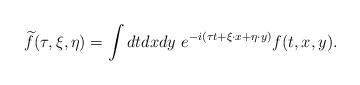
LaTeX: \begin{align*} \widetilde f(\tau, \xi, \eta) = \int dtdxdy\ e^{-i(\tau t + \xi\cdot x+\eta\cdot y)} f(t, x, y).\end{align*}